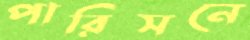
পারিসনে